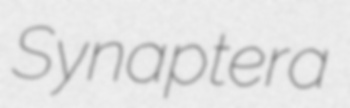
Synaptera